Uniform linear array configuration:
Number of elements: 64
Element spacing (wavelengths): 0.5
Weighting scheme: hann
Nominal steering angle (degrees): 0
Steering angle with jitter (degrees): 0.8802
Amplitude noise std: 0.05
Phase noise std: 0.05

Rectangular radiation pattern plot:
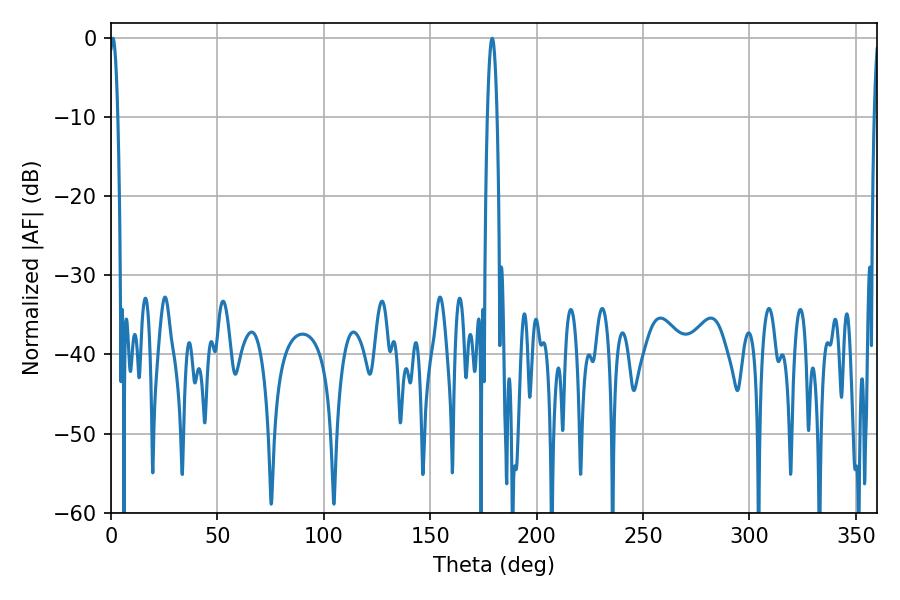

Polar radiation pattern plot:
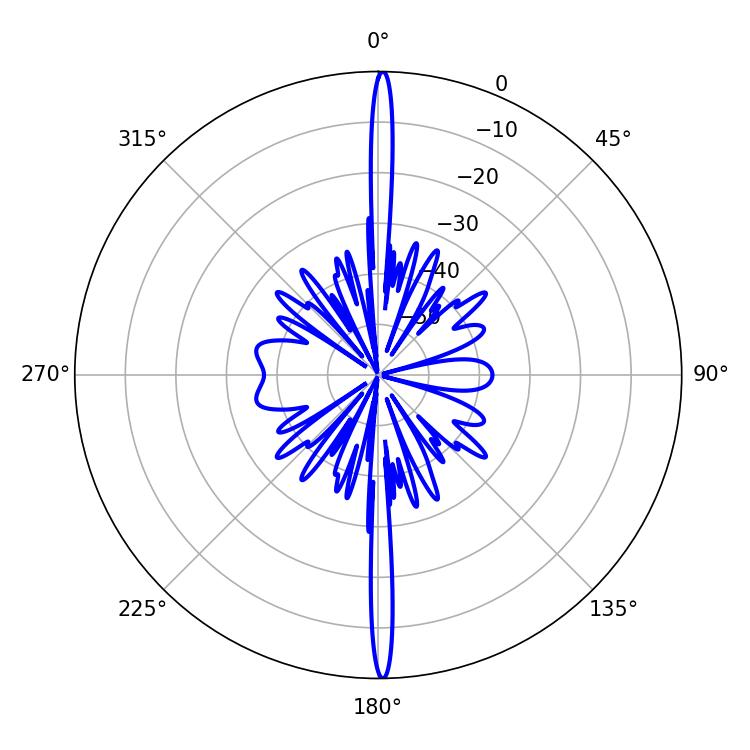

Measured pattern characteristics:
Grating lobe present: FALSE
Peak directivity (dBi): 31.432
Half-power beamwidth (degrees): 2.16
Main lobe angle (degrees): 0.9